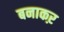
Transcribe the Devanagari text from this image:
बनाकऱ